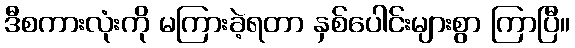
ဒီစကားလုံးကို မကြားခဲ့ရတာ နှစ်ပေါင်းများစွာ ကြာပြီ။